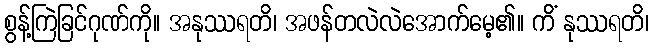
စွန့်ကြဲခြင်ဂုဏ်ကို။ အနုဿရတိ၊ အဖန်တလဲလဲအောက်မေ့၏။ ကိံ နုဿရတိ၊